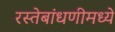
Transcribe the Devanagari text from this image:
रस्तेबांधणीमध्ये